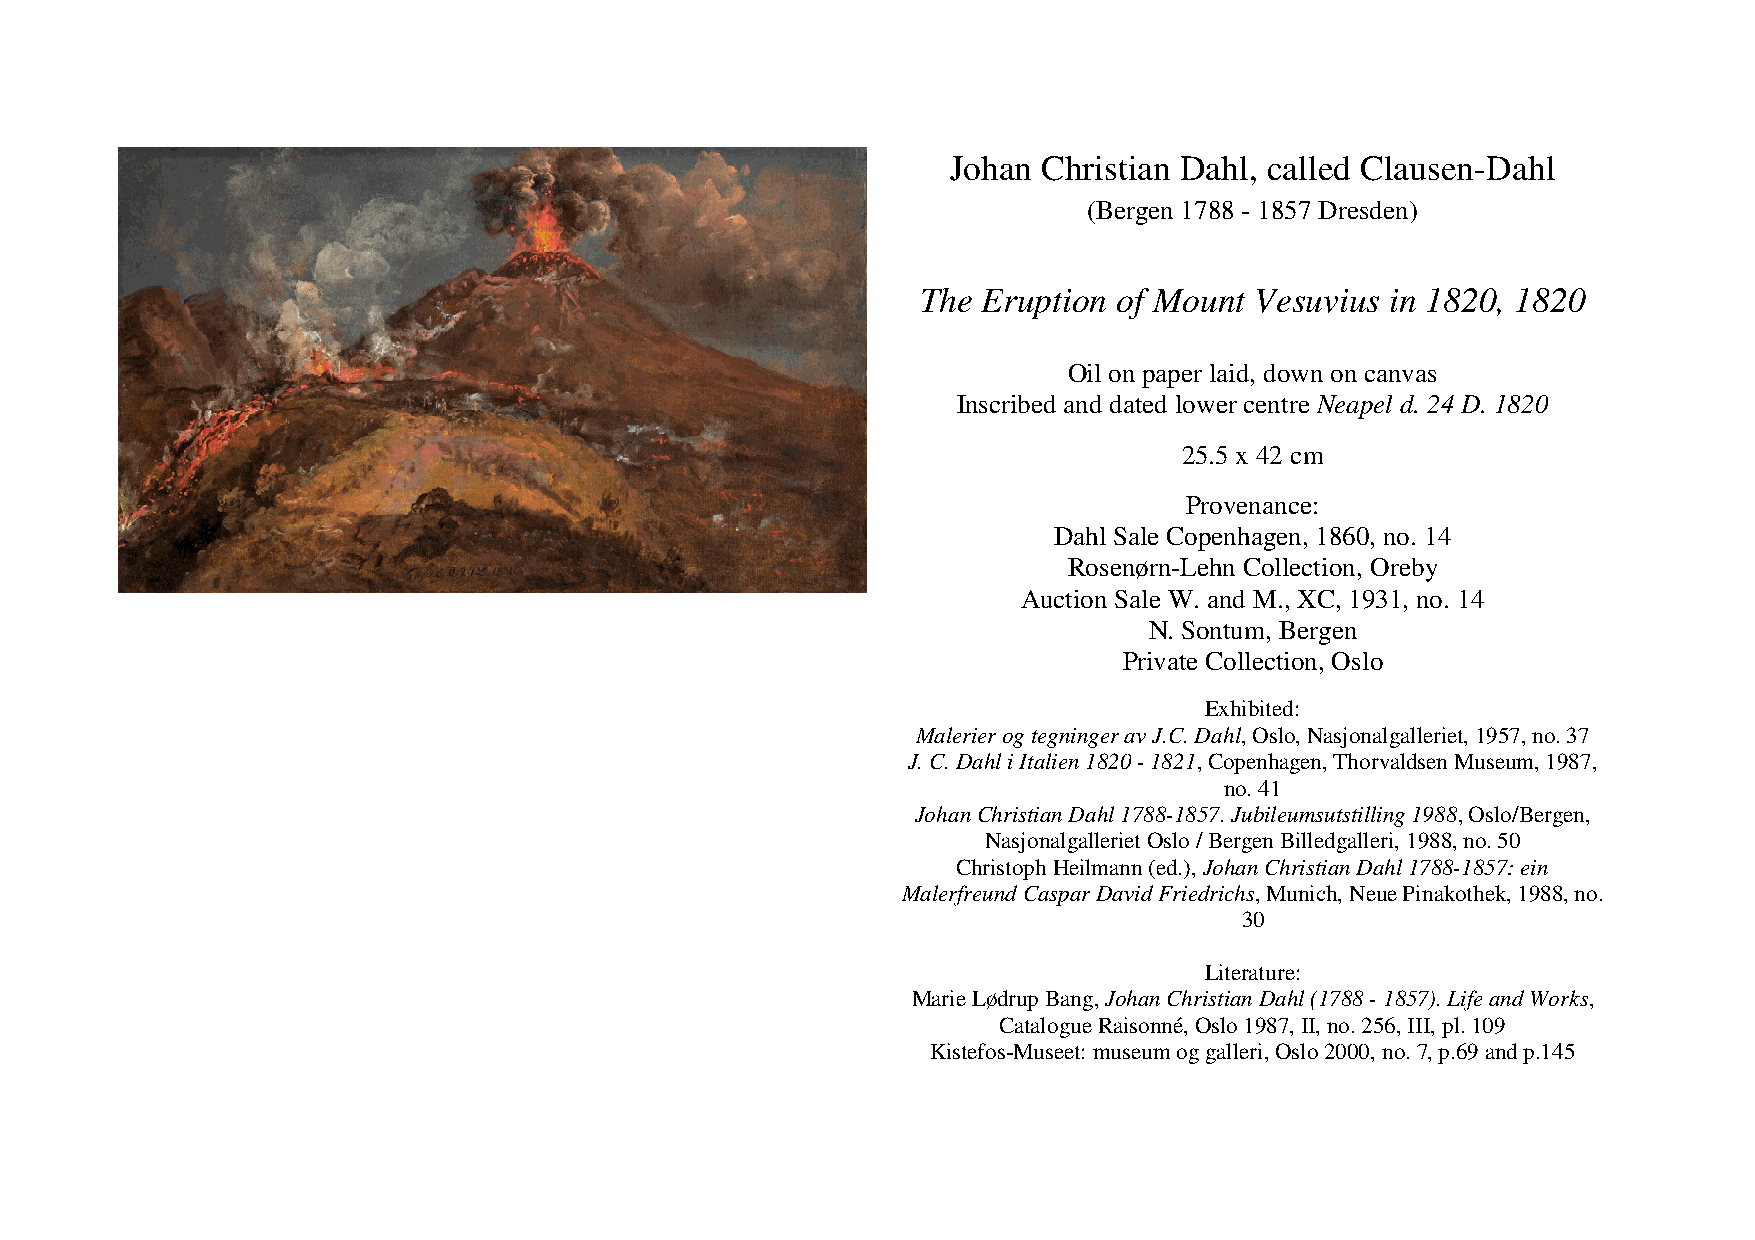
Johan Christian Dahl, called Clausen-Dahl
 (Bergen 1788 - 1857 Dresden)
 The Eruption of Mount Vesuvius in 1820, 1820
 Oil on paper laid, down on canvas
 Inscribed and dated lower centre Neapel d. 24 D. 1820
 25.5 x 42 cm
 Provenance:
 Dahl Sale Copenhagen, 1860, no. 14
 Rosenørn-Lehn Collection, Oreby
 Auction Sale W. and M., XC, 1931, no. 14
 N. Sontum, Bergen
 Private Collection, Oslo
 Exhibited:
 Malerier og tegninger av J.C. Dahl, Oslo, Nasjonalgalleriet, 1957, no. 37
 J. C. Dahl i Italien 1820 - 1821, Copenhagen, Thorvaldsen Museum, 1987,
 no. 41
 Johan Christian Dahl 1788-1857. Jubileumsutstilling 1988, Oslo/Bergen,
 Nasjonalgalleriet Oslo / Bergen Billedgalleri, 1988, no. 50
 Christoph Heilmann (ed.), Johan Christian Dahl 1788-1857: ein
 Malerfreund Caspar David Friedrichs, Munich, Neue Pinakothek, 1988, no.
 30
 Literature:
 Marie Lødrup Bang, Johan Christian Dahl (1788 - 1857). Life and Works,
 Catalogue Raisonné, Oslo 1987, II, no. 256, III, pl. 109
 Kistefos-Museet: museum og galleri, Oslo 2000, no. 7, p.69 and p.145